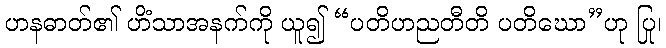
ဟနဓာတ်၏ ဟိံသာအနက်ကို ယူ၍ “ပတိဟညတီတိ ပတိဃော”ဟု ပြု၊